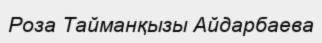
Роза Тайманқызы Айдарбаева